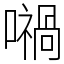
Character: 𡁜